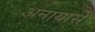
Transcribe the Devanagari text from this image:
अनायासे